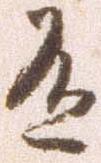
有